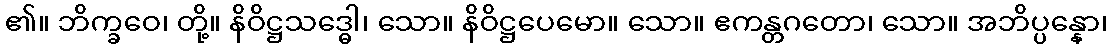
၏။ ဘိက္ခဝေ၊ တို့။ နိဝိဋ္ဌသဒ္ဓေါ၊ သော။ နိဝိဋ္ဌပေမော။ သော။ ဧကန္တဂတော၊ သော။ အဘိပ္ပန္နော၊